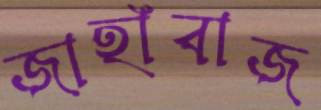
জাহাঁবাজ